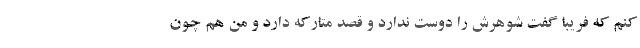
کنم که فریبا گفت شوهرش را دوست ندارد و قصد متارکه دارد و من هم چون